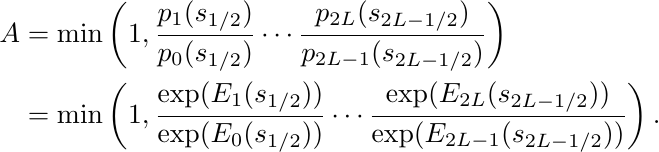
  \begin{align*}
    A  & = \min \left(1, \frac{p_1(s_{1/2})}{p_0(s_{1/2})} \cdots \frac{p_{2L}(s_{2L-1/2})}{p_{2L-1}(s_{2L-1/2})} \right)\\
    & = \min \left(1,\frac{\exp(E_1(s_{1/2}))}{\exp(E_0(s_{1/2}))}  \cdots  \frac{\exp(E_{2L}(s_{2L-1/2}))}{\exp(E_{2L-1}(s_{2L-1/2}))} \right).
  \end{align*}